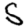
Digit: 5